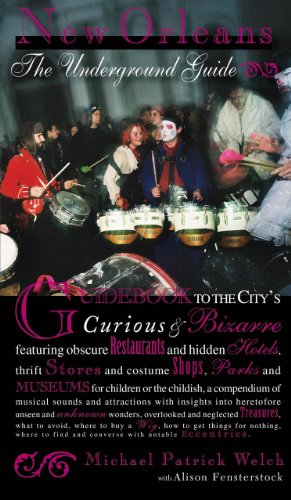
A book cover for New Orleans: The Underground Guide; Michael Patrick Welch; Travel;